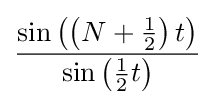
{\frac {\sin \left(\left(N+{\frac {1}{2}}\right)t\right)}{\sin \left({\frac {1}{2}}t\right)}}